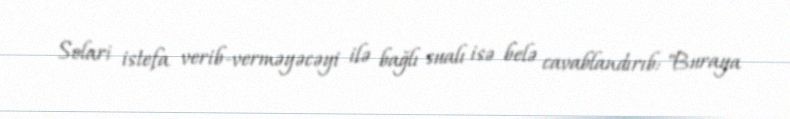
Solari istefa verib-verməyəcəyi ilə bağlı sualı isə belə cavablandırıb: "Buraya